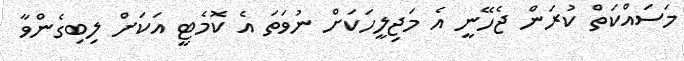
މަސައްކަތް ކުރަން ޖެހޭނީ އެ މަޖިލީހަކަށް ނުވަތަ އެ ކޮމެޓީ އަކަށް ލިބިގެންވާ